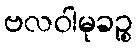
ဗလဝါမုခဉ္စ